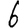
Digit: 6